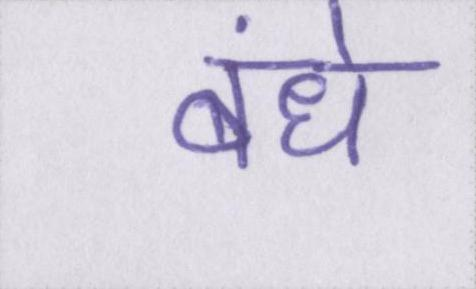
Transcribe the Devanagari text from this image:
बंधे